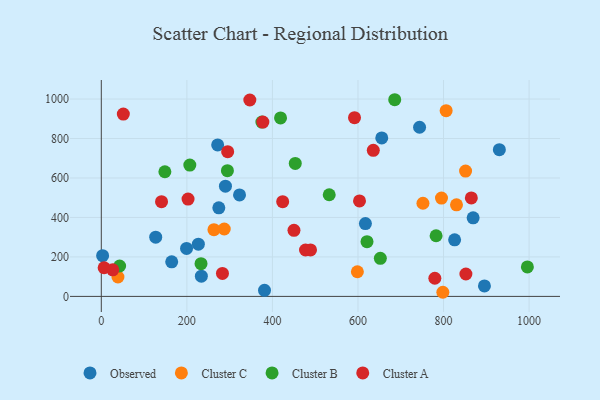
{"axis": {"x": "Speed", "y": "Sales"}, "legend": ["Cluster A", "Cluster B", "Cluster C", "Observed"], "data": [{"x": "164.6", "y": 175.0, "type": "Observed"}, {"x": "930.5", "y": 743.6, "type": "Observed"}, {"x": "199.3", "y": 243.1, "type": "Observed"}, {"x": "869.2", "y": 397.9, "type": "Observed"}, {"x": "895.6", "y": 53.2, "type": "Observed"}, {"x": "323.1", "y": 514.4, "type": "Observed"}, {"x": "3.1", "y": 206.3, "type": "Observed"}, {"x": "655.6", "y": 803.2, "type": "Observed"}, {"x": "617.4", "y": 368.9, "type": "Observed"}, {"x": "290.2", "y": 558.4, "type": "Observed"}, {"x": "381.5", "y": 30.8, "type": "Observed"}, {"x": "825.9", "y": 286.8, "type": "Observed"}, {"x": "744.0", "y": 857.0, "type": "Observed"}, {"x": "226.9", "y": 264.7, "type": "Observed"}, {"x": "272.0", "y": 767.5, "type": "Observed"}, {"x": "274.7", "y": 448.6, "type": "Observed"}, {"x": "127.2", "y": 300.1, "type": "Observed"}, {"x": "233.9", "y": 102.6, "type": "Observed"}, {"x": "751.9", "y": 472.0, "type": "Cluster C"}, {"x": "851.5", "y": 634.8, "type": "Cluster C"}, {"x": "263.3", "y": 337.9, "type": "Cluster C"}, {"x": "598.6", "y": 125.0, "type": "Cluster C"}, {"x": "795.2", "y": 498.3, "type": "Cluster C"}, {"x": "806.1", "y": 940.8, "type": "Cluster C"}, {"x": "830.3", "y": 464.1, "type": "Cluster C"}, {"x": "287.4", "y": 341.6, "type": "Cluster C"}, {"x": "798.4", "y": 20.9, "type": "Cluster C"}, {"x": "38.9", "y": 98.2, "type": "Cluster C"}, {"x": "375.4", "y": 883.1, "type": "Cluster B"}, {"x": "294.8", "y": 637.1, "type": "Cluster B"}, {"x": "621.1", "y": 277.3, "type": "Cluster B"}, {"x": "782.6", "y": 307.2, "type": "Cluster B"}, {"x": "996.0", "y": 149.3, "type": "Cluster B"}, {"x": "206.9", "y": 665.5, "type": "Cluster B"}, {"x": "532.8", "y": 515.0, "type": "Cluster B"}, {"x": "148.6", "y": 631.6, "type": "Cluster B"}, {"x": "453.4", "y": 673.9, "type": "Cluster B"}, {"x": "233.1", "y": 166.0, "type": "Cluster B"}, {"x": "652.3", "y": 192.7, "type": "Cluster B"}, {"x": "685.9", "y": 996.5, "type": "Cluster B"}, {"x": "419.0", "y": 904.3, "type": "Cluster B"}, {"x": "42.8", "y": 154.1, "type": "Cluster B"}, {"x": "852.3", "y": 113.6, "type": "Cluster A"}, {"x": "26.8", "y": 134.4, "type": "Cluster A"}, {"x": "477.4", "y": 235.0, "type": "Cluster A"}, {"x": "347.2", "y": 995.0, "type": "Cluster A"}, {"x": "377.7", "y": 883.5, "type": "Cluster A"}, {"x": "424.0", "y": 479.7, "type": "Cluster A"}, {"x": "635.8", "y": 740.1, "type": "Cluster A"}, {"x": "140.8", "y": 479.7, "type": "Cluster A"}, {"x": "6.6", "y": 145.2, "type": "Cluster A"}, {"x": "865.0", "y": 498.9, "type": "Cluster A"}, {"x": "295.4", "y": 733.3, "type": "Cluster A"}, {"x": "603.6", "y": 483.7, "type": "Cluster A"}, {"x": "51.5", "y": 923.9, "type": "Cluster A"}, {"x": "489.1", "y": 235.4, "type": "Cluster A"}, {"x": "779.7", "y": 92.0, "type": "Cluster A"}, {"x": "591.9", "y": 905.6, "type": "Cluster A"}, {"x": "283.2", "y": 116.6, "type": "Cluster A"}, {"x": "202.8", "y": 493.2, "type": "Cluster A"}, {"x": "450.4", "y": 334.8, "type": "Cluster A"}]}